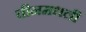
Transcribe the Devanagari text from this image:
चीनमधली